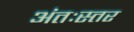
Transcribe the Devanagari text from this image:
अंतःस्तर